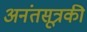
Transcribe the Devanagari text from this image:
अनंतसूत्रकी